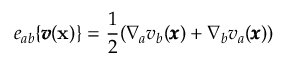
e _ { a b } \{ { \pmb v } ( { \bf x } ) \} = \frac { 1 } { 2 } ( \nabla _ { a } v _ { b } ( { \pmb x } ) + \nabla _ { b } v _ { a } ( { \pmb x } ) )